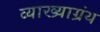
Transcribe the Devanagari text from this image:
व्याख्याग्रंथ